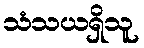
သံသယရှိသူ